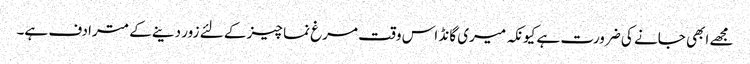
مجھے ابھی جانے کی ضرورت ہے کیونکہ میری گانڈ اس وقت مرغ نما چیز کے لئے زور دینے کے مترادف ہے۔